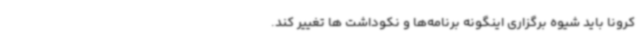
کرونا باید شیوه برگزاری اینگونه برنامه‌ها و نکوداشت ها تغییر کند.